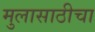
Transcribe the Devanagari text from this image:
मुलासाठीचा